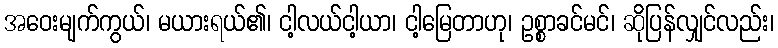
အဝေးမျက်ကွယ်၊ မယားရယ်၏၊ ငါ့လယ်ငါ့ယာ၊ ငါ့မြေတာဟု၊ ဥစ္စာခင်မင်၊ ဆိုပြန်လျှင်လည်း၊